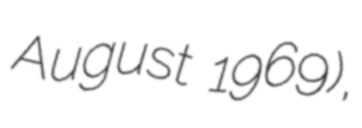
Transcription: August 1969),